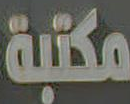
مكتبة